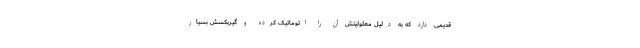
قدیمی دارد که به دلیل معلولیتش آن را اتوماتیک کرده و گیربکسش بسیار